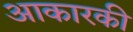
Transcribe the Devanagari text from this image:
आकारकी